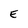
Character: E